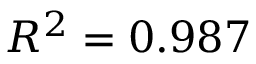
R ^ { 2 } = 0 . 9 8 7